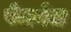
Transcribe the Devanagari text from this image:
पेलवेल